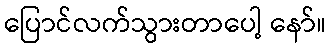
ပြောင်လက်သွားတာပေါ့ နော်။